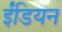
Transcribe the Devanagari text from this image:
ईंडियन